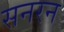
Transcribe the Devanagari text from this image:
सनरन